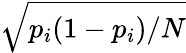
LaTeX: \sqrt{p_{i}(1-p_{i})/N}